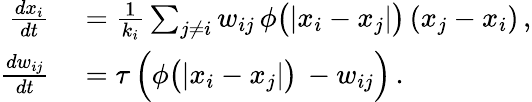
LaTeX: \begin{array}{rl}{\frac{dx_{i}}{dt}}&{{}=\frac{1}{k_{i}}\sum_{j\neq i}w_{ij}\, \phi\big(|x_{i}-x_{j}|\big)\, (x_{j}-x_{i})\, ,}\\ {\frac{dw_{ij}}{dt}}&{{}=\tau\, \Big(\phi\big(|x_{i}-x_{j}|\big)\, -w_{ij}\Big)\, .}\end{array}